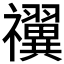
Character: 𬓝